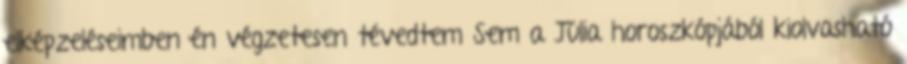
elképzeléseimben én végzetesen tévedtem Sem a Júlia horoszkópjából kiolvasható